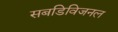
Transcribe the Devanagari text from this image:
सबडिविजनल